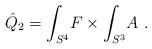
\begin{align*}\hat Q_2 = \int_{S^4}\! F\times \int_{S^3}\! A \ .\end{align*}